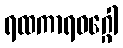
ရထကာရဝဂ္ဂေါ